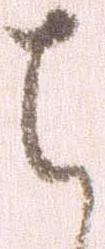
ち